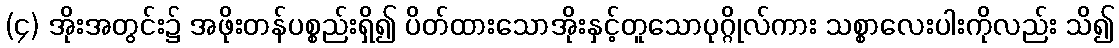
(၄) အိုးအတွင်း၌ အဖိုးတန်ပစ္စည်းရှိ၍ ပိတ်ထားသောအိုးနှင့်တူသောပုဂ္ဂိုလ်ကား သစ္စာလေးပါးကိုလည်း သိ၍